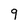
Character: 9